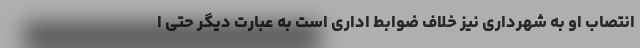
انتصاب او به شهرداری نیز خلاف ضوابط اداری است به عبارت دیگر حتی ا